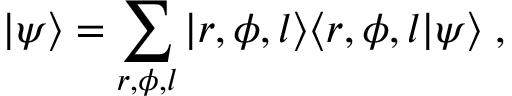
| \psi \rangle = \sum _ { r , \phi , l } | r , \phi , l \rangle \langle r , \phi , l | \psi \rangle \; ,